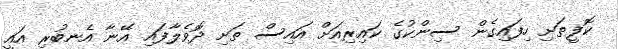
ކޮފީތަށި ހިފައިގެން ސިންކުގެ ކައިރިއަށް އައިސް ތަށި ދޮވެލާފައި އޭނާ އެނބުރި އައީ